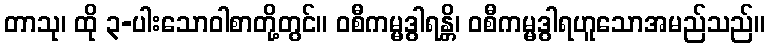
တာသု၊ ထို ၃-ပါးသောဝါစာတို့တွင်။ ဝစီကမ္မဒွါရန္တိ၊ ဝစီကမ္မဒွါရဟူသောအမည်သည်။